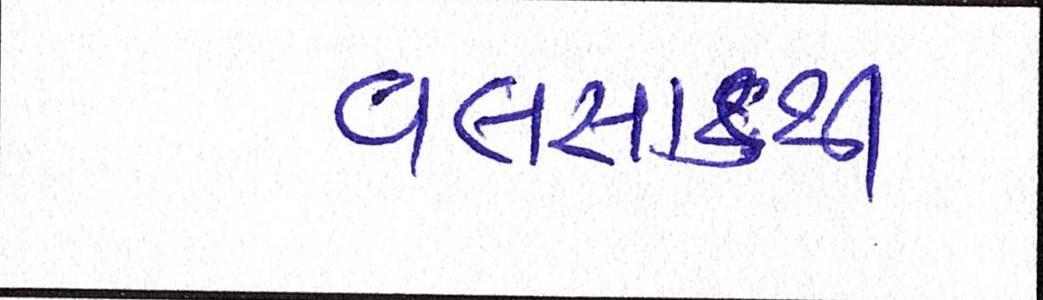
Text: વલસાડથી